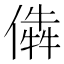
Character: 𠎔